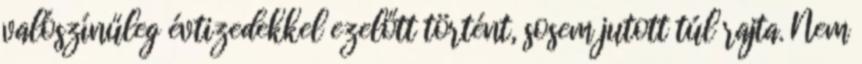
valószínűleg évtizedekkel ezelőtt történt, sosem jutott túl rajta. Nem